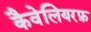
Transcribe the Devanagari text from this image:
कैवेलियरफ़